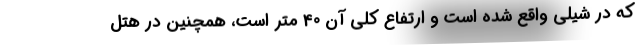
که در شیلی واقع شده است و ارتفاع کلی آن 40 متر است، همچنین در هتل